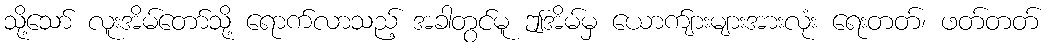
သို့သော် လူးအိမ်တော်သို့ ရောက်လာသည့် အခါတွင်မူ ဤအိမ်မှ ယောက်ျားများအားလုံး ရေးတတ်၊ ဖတ်တတ်